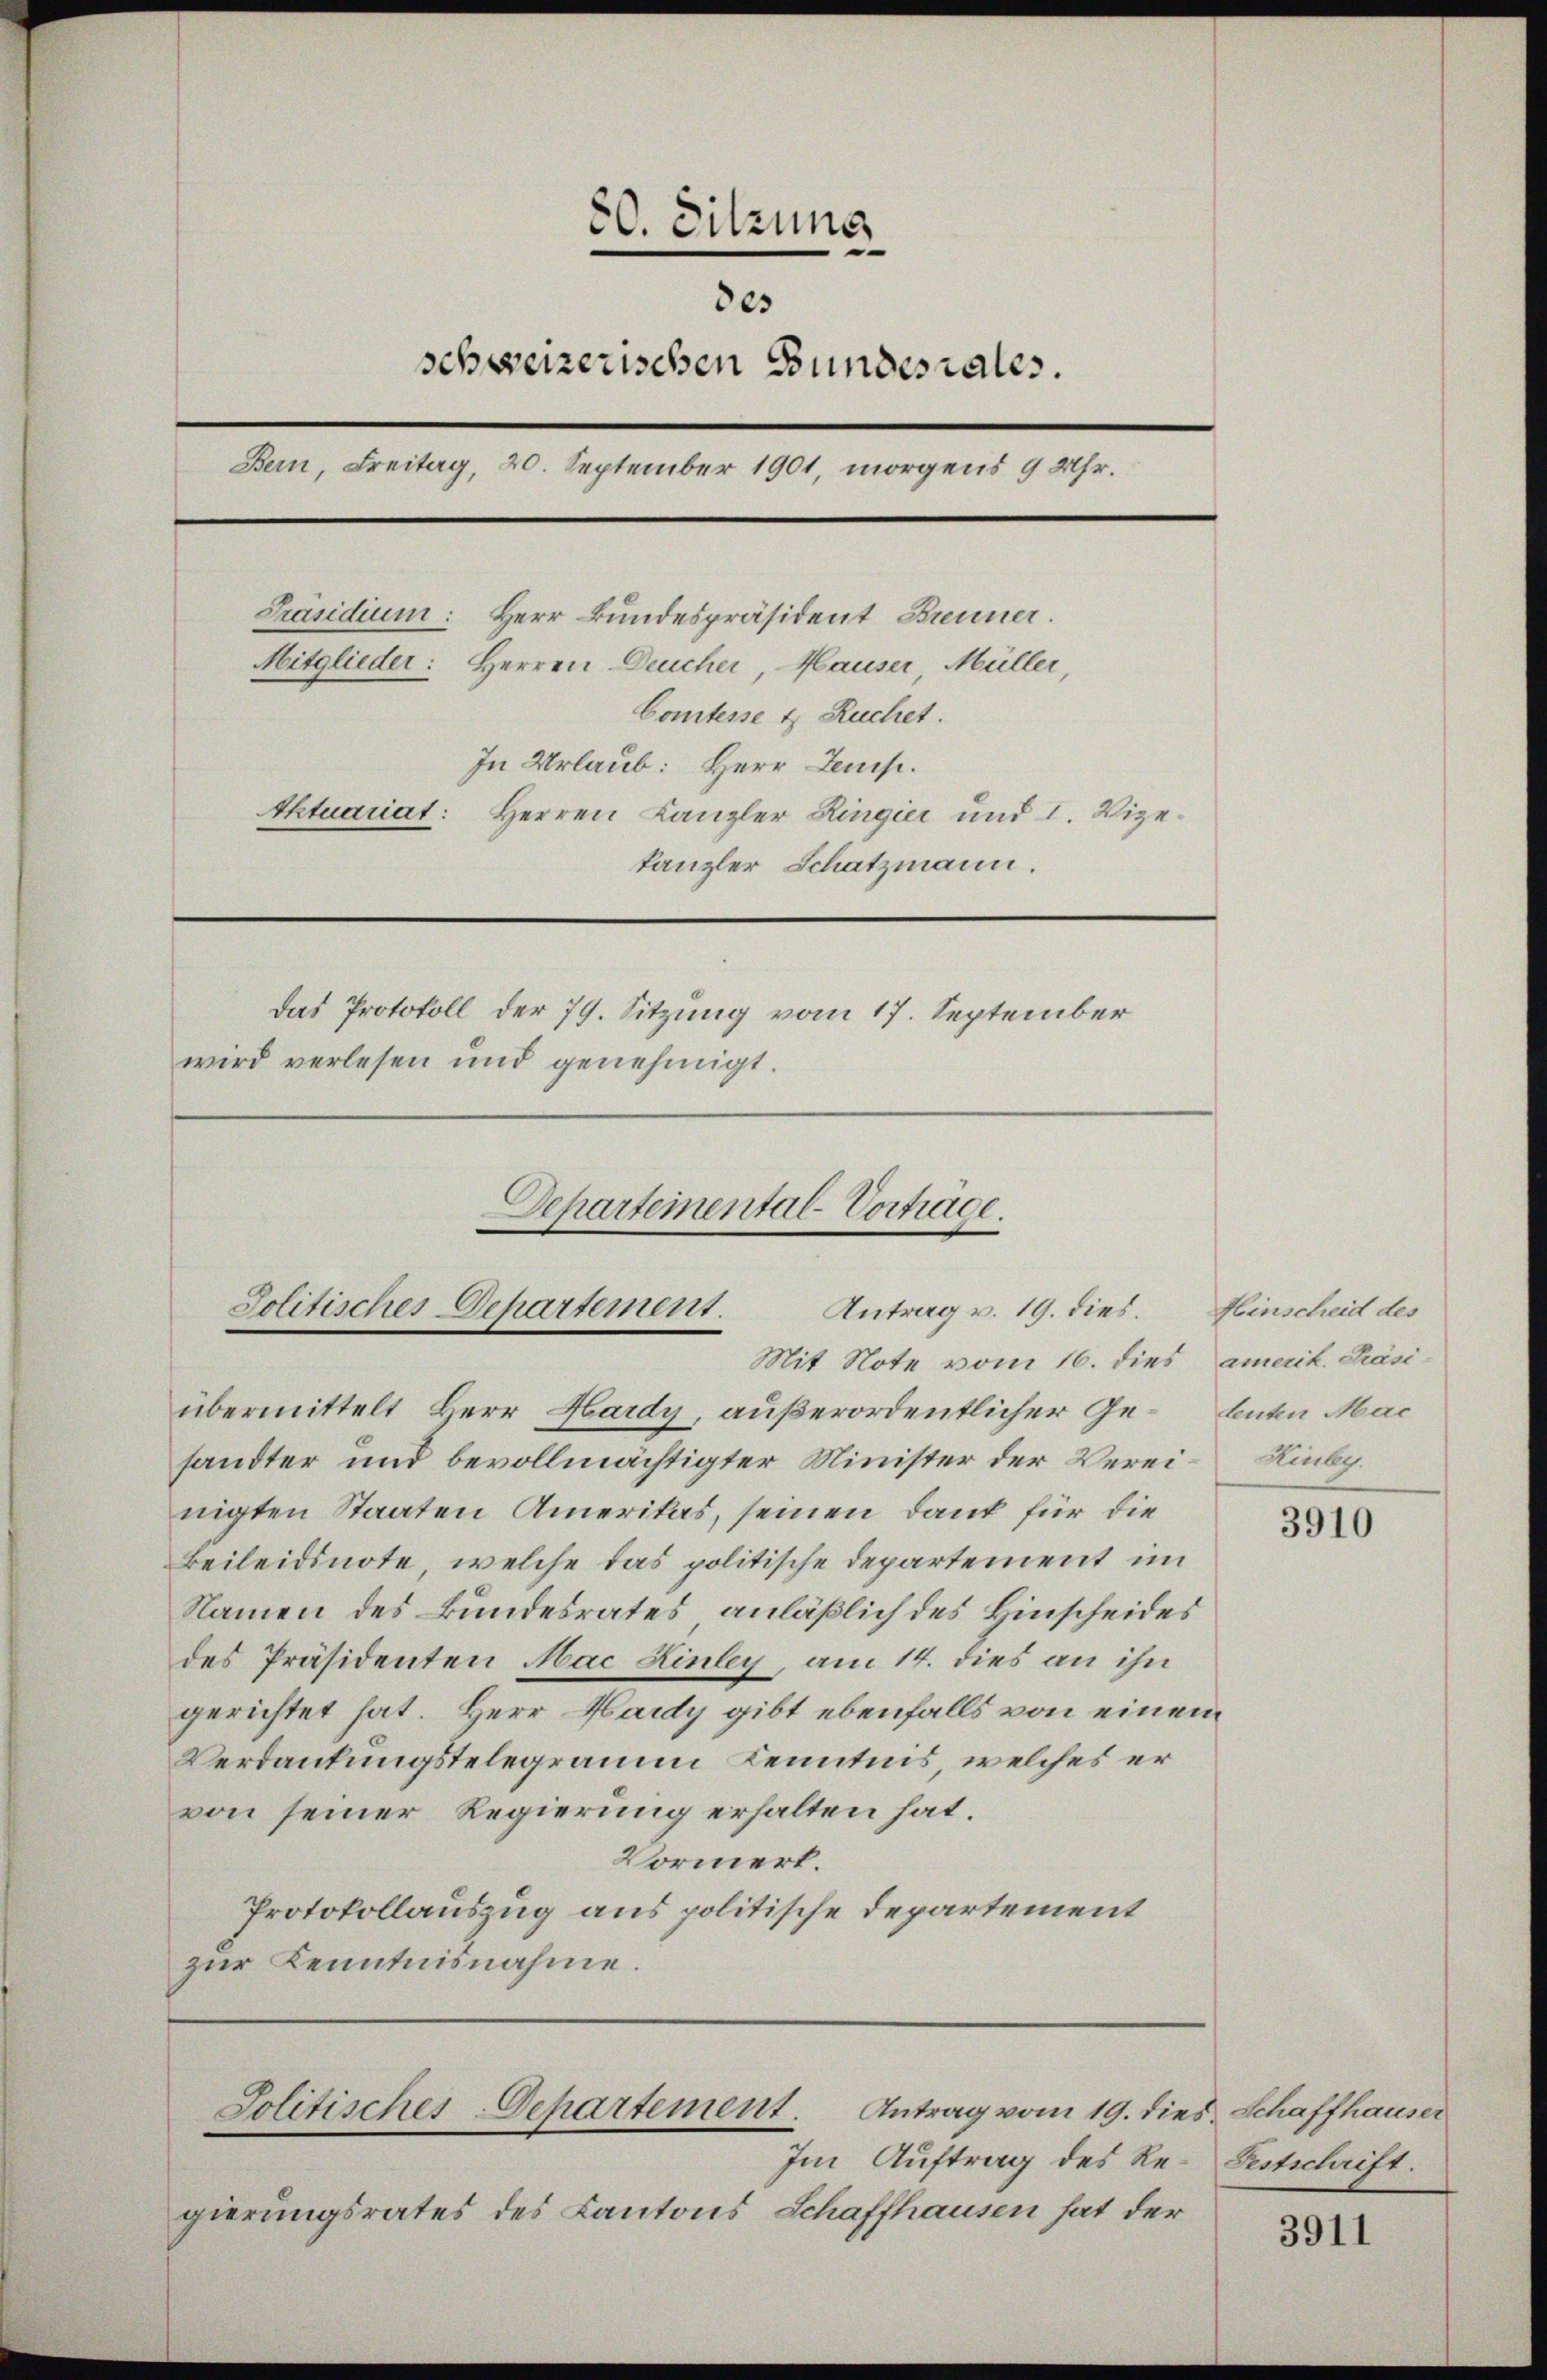
80. Sitzung
des
schweizerischen Bundesrates.
Bern, Freitag, 20. September 1901, morgens 9 Uhr.
Präsidium: Herr Bundespräsident Brenner.
Mitglieder: Herren Deucher, Hauser, Müller,
Comtesse & Ruchet.
In Urlaub: Herr Zems.
Aktuariat: Herren Canzler Ringier und 1. Vize-
kanzler Schatzmann.
Das Protokoll der 79. Sitzung vom 17. September
wird verlesen und genehmigt.

Departemental-Vortrage.
Solitisches Departement.
Antrag v. 19. dies.
Mit Note vom 16. dies amerit. Präsi-

übermittelt Herr Hardy, außerordentlicher Ge- Benten Mac
handter und bevollmächtigter Minister der Verei-Linbg.
nigten Staaten Amerikas, seinen Dank für die
Beileidsnote, welche das politische Departement im
Namen des Bundesrates anläßlich des Hinscheides
des Präsidenten Mac Hinley, am 14. dies an ihn
gerichtet hat. Herr Hardy gibt ebenfalls von einem
Verdankungstelegraum Kenntnis, welches er
von seiner Regierung erhalten hat.
Vormert.
Protokollauszug aus politische Departement
zur Kenntnisnahme.

Solitisches-Departement. Antrag vom 19. dies Schaffhauser

Im Auftrag des Re-Festschrift.
gierungsrates des Kantons Schaffhausen hat der

Hinscheid des

3910

3911